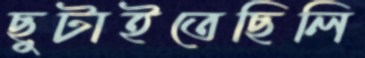
ছুটাইতেছিলি